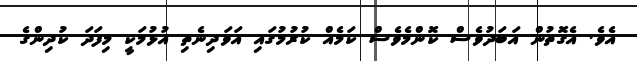
އެވެ. އެގޮތުން އަބަދުވެސް ކޮންމެވެސް ކަމެއް ކުރުމުގައި އަވަދިނެތި އުޅުމަކީ މިފަދަ ކުދިންގެ